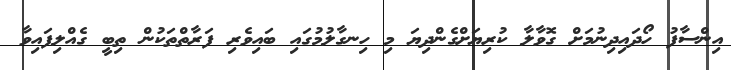
އިންސާފު ހޯދައިދިނުމަށް ގޮވާލާ ކުރިޔަށްގެންދިޔަ މި ހިނގާލުމުގައި ބައިވެރި ފަރާތްތަކުން ތިބީ ގެއްލިފައިވާ